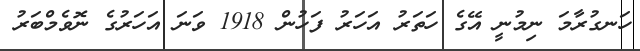
ހަނގުރާމަ ނިމުނީ އޭގެ ހަތަރު އަހަރު ފަހުން 1918 ވަނަ އަހަރުގެ ނޮވެމްބަރު